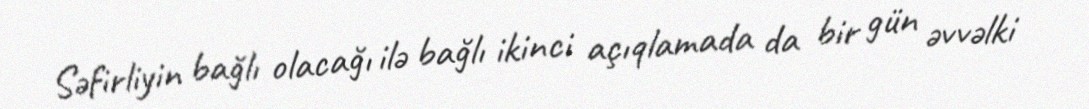
Səfirliyin bağlı olacağı ilə bağlı ikinci açıqlamada da bir gün əvvəlki